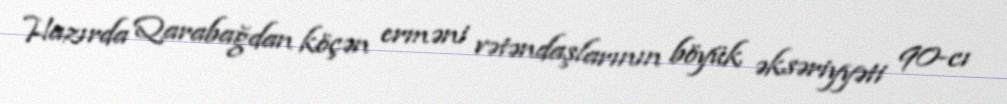
Hazırda Qarabağdan köçən erməni vətəndaşlarının böyük əksəriyyəti 90-cı